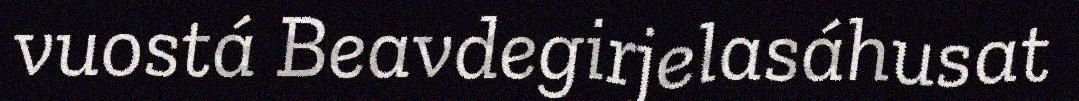
vuostá Beavdegirjelasáhusat